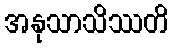
အနုသာသိဿတိ